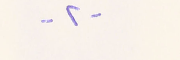
-٢-